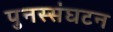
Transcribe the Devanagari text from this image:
पुनस्संघटन